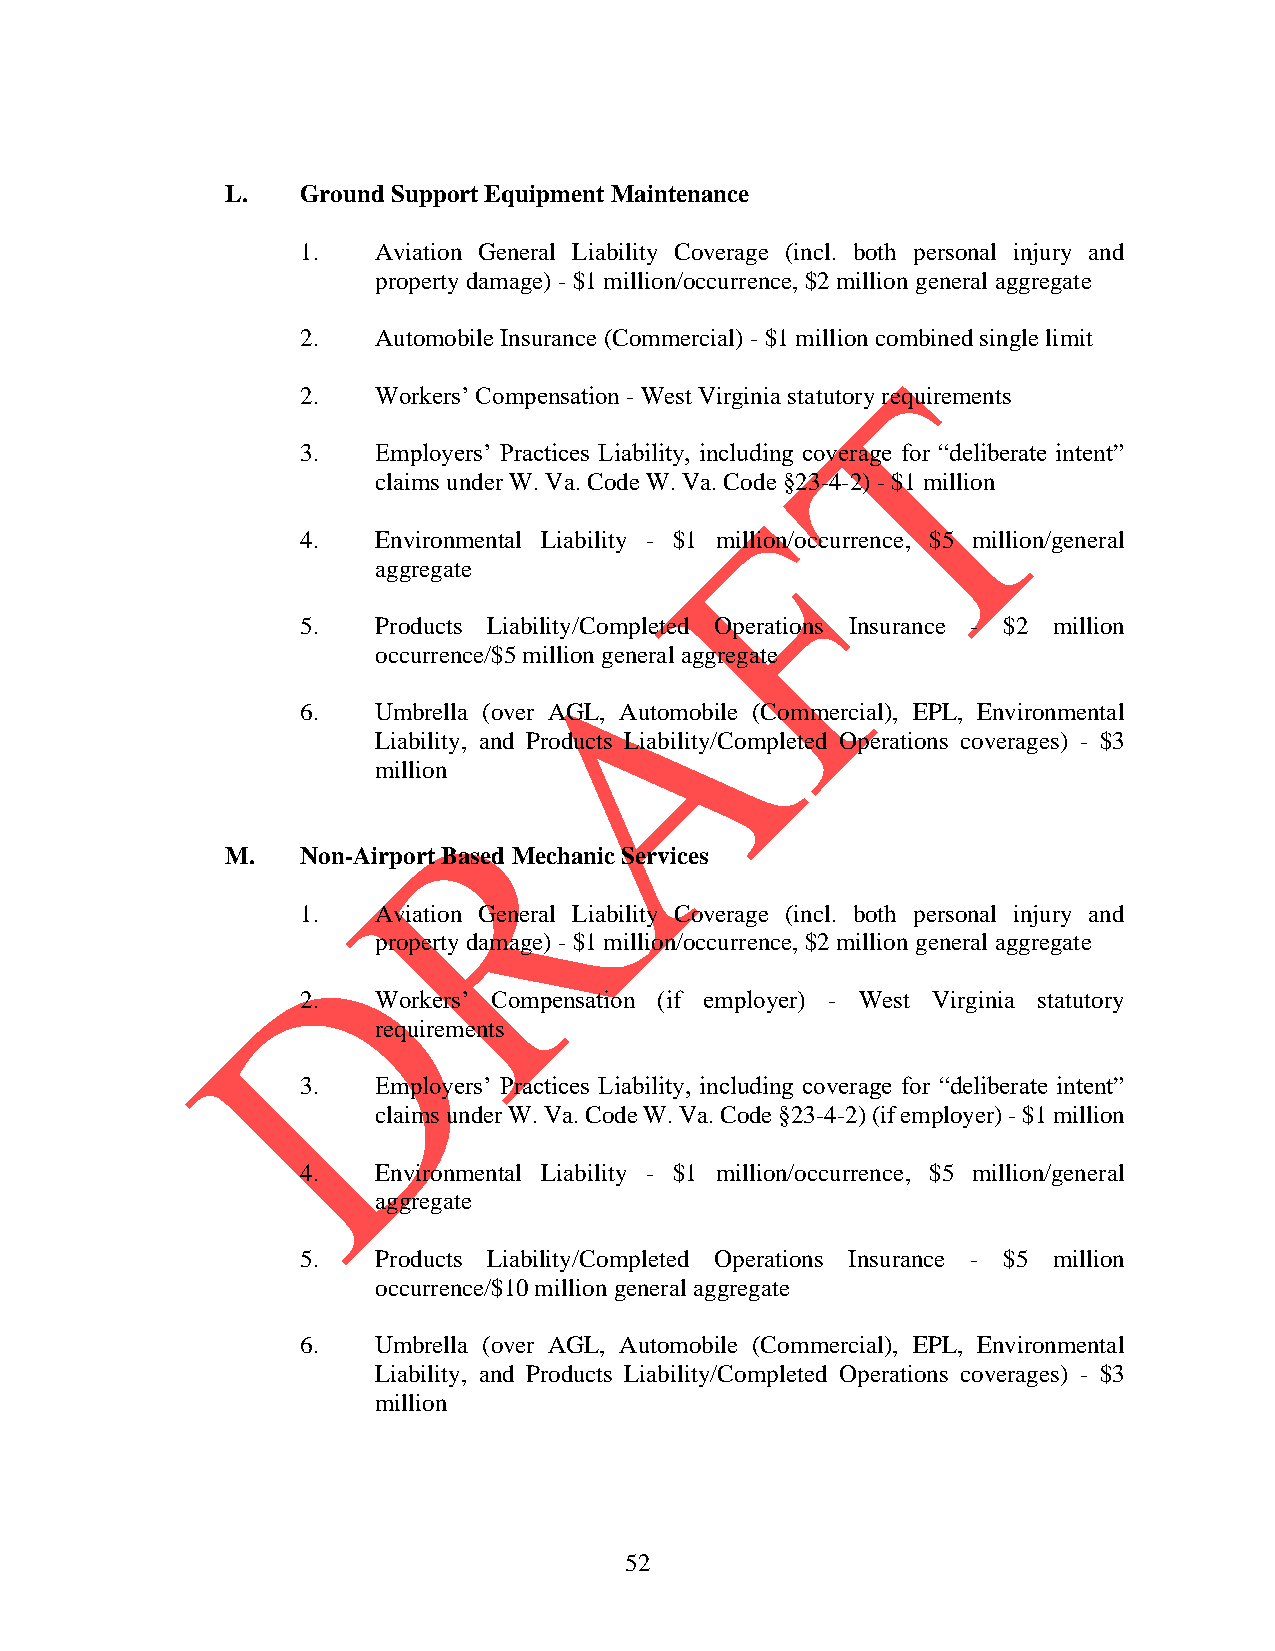
L.   Ground Support Equipment Maintenance
 1.   Aviation General Liability Coverage (incl. both personal injury and
 property damage) - $1 million/occurrence, $2 million general aggregate
 2.   Automobile Insurance (Commercial) - $1 million combined single limit
 2.   Workers’ Compensation - West Virginia statutory requirements
 3.   Employers’ Practices Liability, including coverage for “deliberate intent”
 claims under W. Va. Code W. Va. Code §23-4-2) - $1 million
 4.   Environmental Liability - $1 million/occurrence, $5 million/general
 aggregate
 5.   Products Liability/Completed Operations Insurance - $2 million
 occurrence/$5 million general aggregate
 6.   Umbrella (over AGL, Automobile (Commercial), EPL, Environmental
 Liability, and Products Liability/Completed Operations coverages) - $3
 million
 M.   Non-Airport Based Mechanic Services
 1.   Aviation General Liability Coverage (incl. both personal injury and
 property damage) - $1 million/occurrence, $2 million general aggregate
 2.   Workers’ Compensation (if employer) - West Virginia statutory
 requirements
 3.   Employers’ Practices Liability, including coverage for “deliberate intent”
 claims under W. Va. Code W. Va. Code §23-4-2) (if employer) - $1 million
 4.   Environmental Liability - $1 million/occurrence, $5 million/general
 aggregate
 5.   Products Liability/Completed Operations Insurance - $5 million
 occurrence/$10 million general aggregate
 6.   Umbrella (over AGL, Automobile (Commercial), EPL, Environmental
 Liability, and Products Liability/Completed Operations coverages) - $3
 million
 52